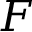
F